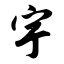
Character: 宇